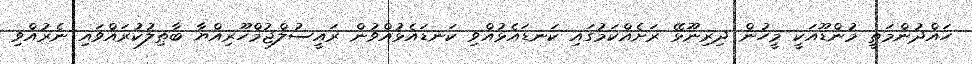
ހައްދުންމަތީ މުންޑޫއަކީ މީހުން ދިރިނޫޅޭ ރަށެއްކަމުގައި ކަނޑައެޅުއްވި ކަނޑައެޅުއްވުން ރައީސުލްޖުމްހޫރިއްޔާ ބާޠިލުކުރައްވައި ނެރުއްވި